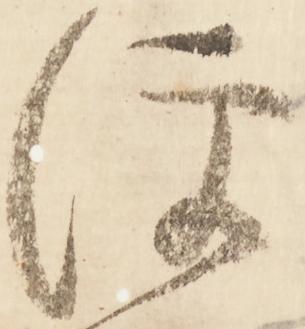
便